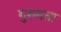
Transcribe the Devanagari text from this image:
गुरुमता